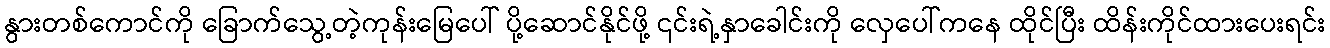
နွားတစ်ကောင်ကို ခြောက်သွေ့တဲ့ကုန်းမြေပေါ် ပို့ဆောင်နိုင်ဖို့ ၎င်းရဲ့နှာခေါင်းကို လှေပေါ်ကနေ ထိုင်ပြီး ထိန်းကိုင်ထားပေးရင်း